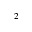
^ { 2 }